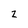
Character: Z